Indian journal of veterinary science and animal husbandry - Volume 12,
Year: 1942
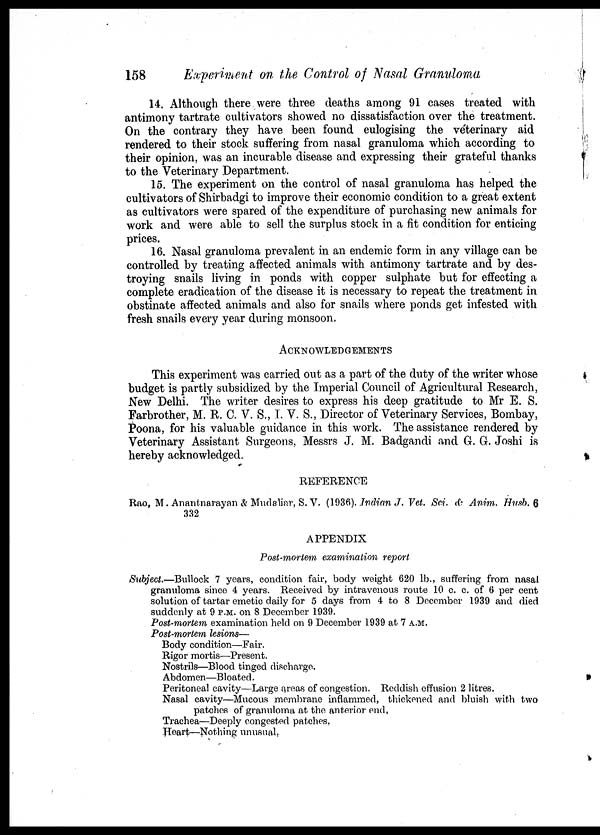
158
Experiment on the Control of Nasal Granuloma
14. Although there were three deaths among 91 cases treated with
antimony tartrate cultivators showed no dissatisfaction over the treatment.
On the contrary they have been found eulogising the véterinary aid
rendered to their stock suffering from nasal granuloma which according to
their opinion, was an incurable disease and expressing their grateful thanks
to the Veterinary Department.
15. The experiment on the control of nasal granuloma has helped the
cultivators of Shirbadgi to improve their economic condition to a great extent
as cultivators were spared of the expenditure of purchasing new animals for
work and were able to sell the surplus stock in a fit condition for enticing
prices.
16. Nasal granuloma prevalent in an endemic form in any village can be
controlled by treating affected animals with antimony tartrate and by des-
troying snails living in ponds with copper sulphate but for effecting a
complete eradication of the disease it is necessary to repeat the treatment in
obstinate affected animals and also for snails where ponds get infested with
fresh snails every year during monsoon.
ACKNOWLEDGEMENTS
This experiment was carried out as a part of the duty of the writer whose
budget is partly subsidized by the Imperial Council of Agricultural Research,
New Delhi. The writer desires to express his deep gratitude to Mr E. S.
Farbrother, M. R. C. V. S., I. V. S., Director of Veterinary Services, Bombay,
Poona, for his valuable guidance in this work. The assistance rendered by
Veterinary Assistant Surgeons, Messrs J. M. Badgandi and G. G. Joshi is
hereby acknowledged.
REFERENCE
Rao, M. Anantnarayan & Mudaliar, S.V. (1936). Indian J. Vet. Sci. & Anim. Husb. 6
332
APPENDIX
Post-mortem examination report
Subject.—Bullock 7 years, condition fair, body weight 620 lb., suffering from nasal
granuloma since 4 years. Received by intravenous route 10 c. c. of 6 per cent
solution of tartar emetic daily for 5 days from 4 to 8 December 1939 and died
suddenly at 9 P.M. on 8 December 1939.
Post-mortem examination held on 9 December 1939 at 7 A.M.
Post-mortem lesions—
Body condition—Fair.
Rigor mortis—Present.
Nostrils—Blood tinged discharge.
Abdomen—Bloated.
Peritoneal cavity—Large areas of congestion. Reddish effusion 2 litres.
Nasal cavity—Mucous membrane inflammed, thickened and bluish with two
patches of granuloma at the anterior end,
Trachea—Deeply congested patches,
Heart—Nothing unusual.